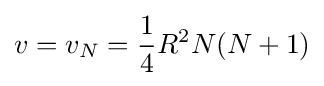
v=v_{N}={\frac {1}{4}}R^{2}N(N+1)